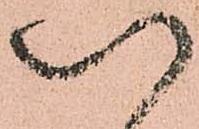
以